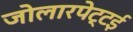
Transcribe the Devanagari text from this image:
जोलारपेट्टई